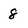
Character: 8